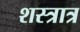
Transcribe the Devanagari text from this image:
शस्त्रात्र